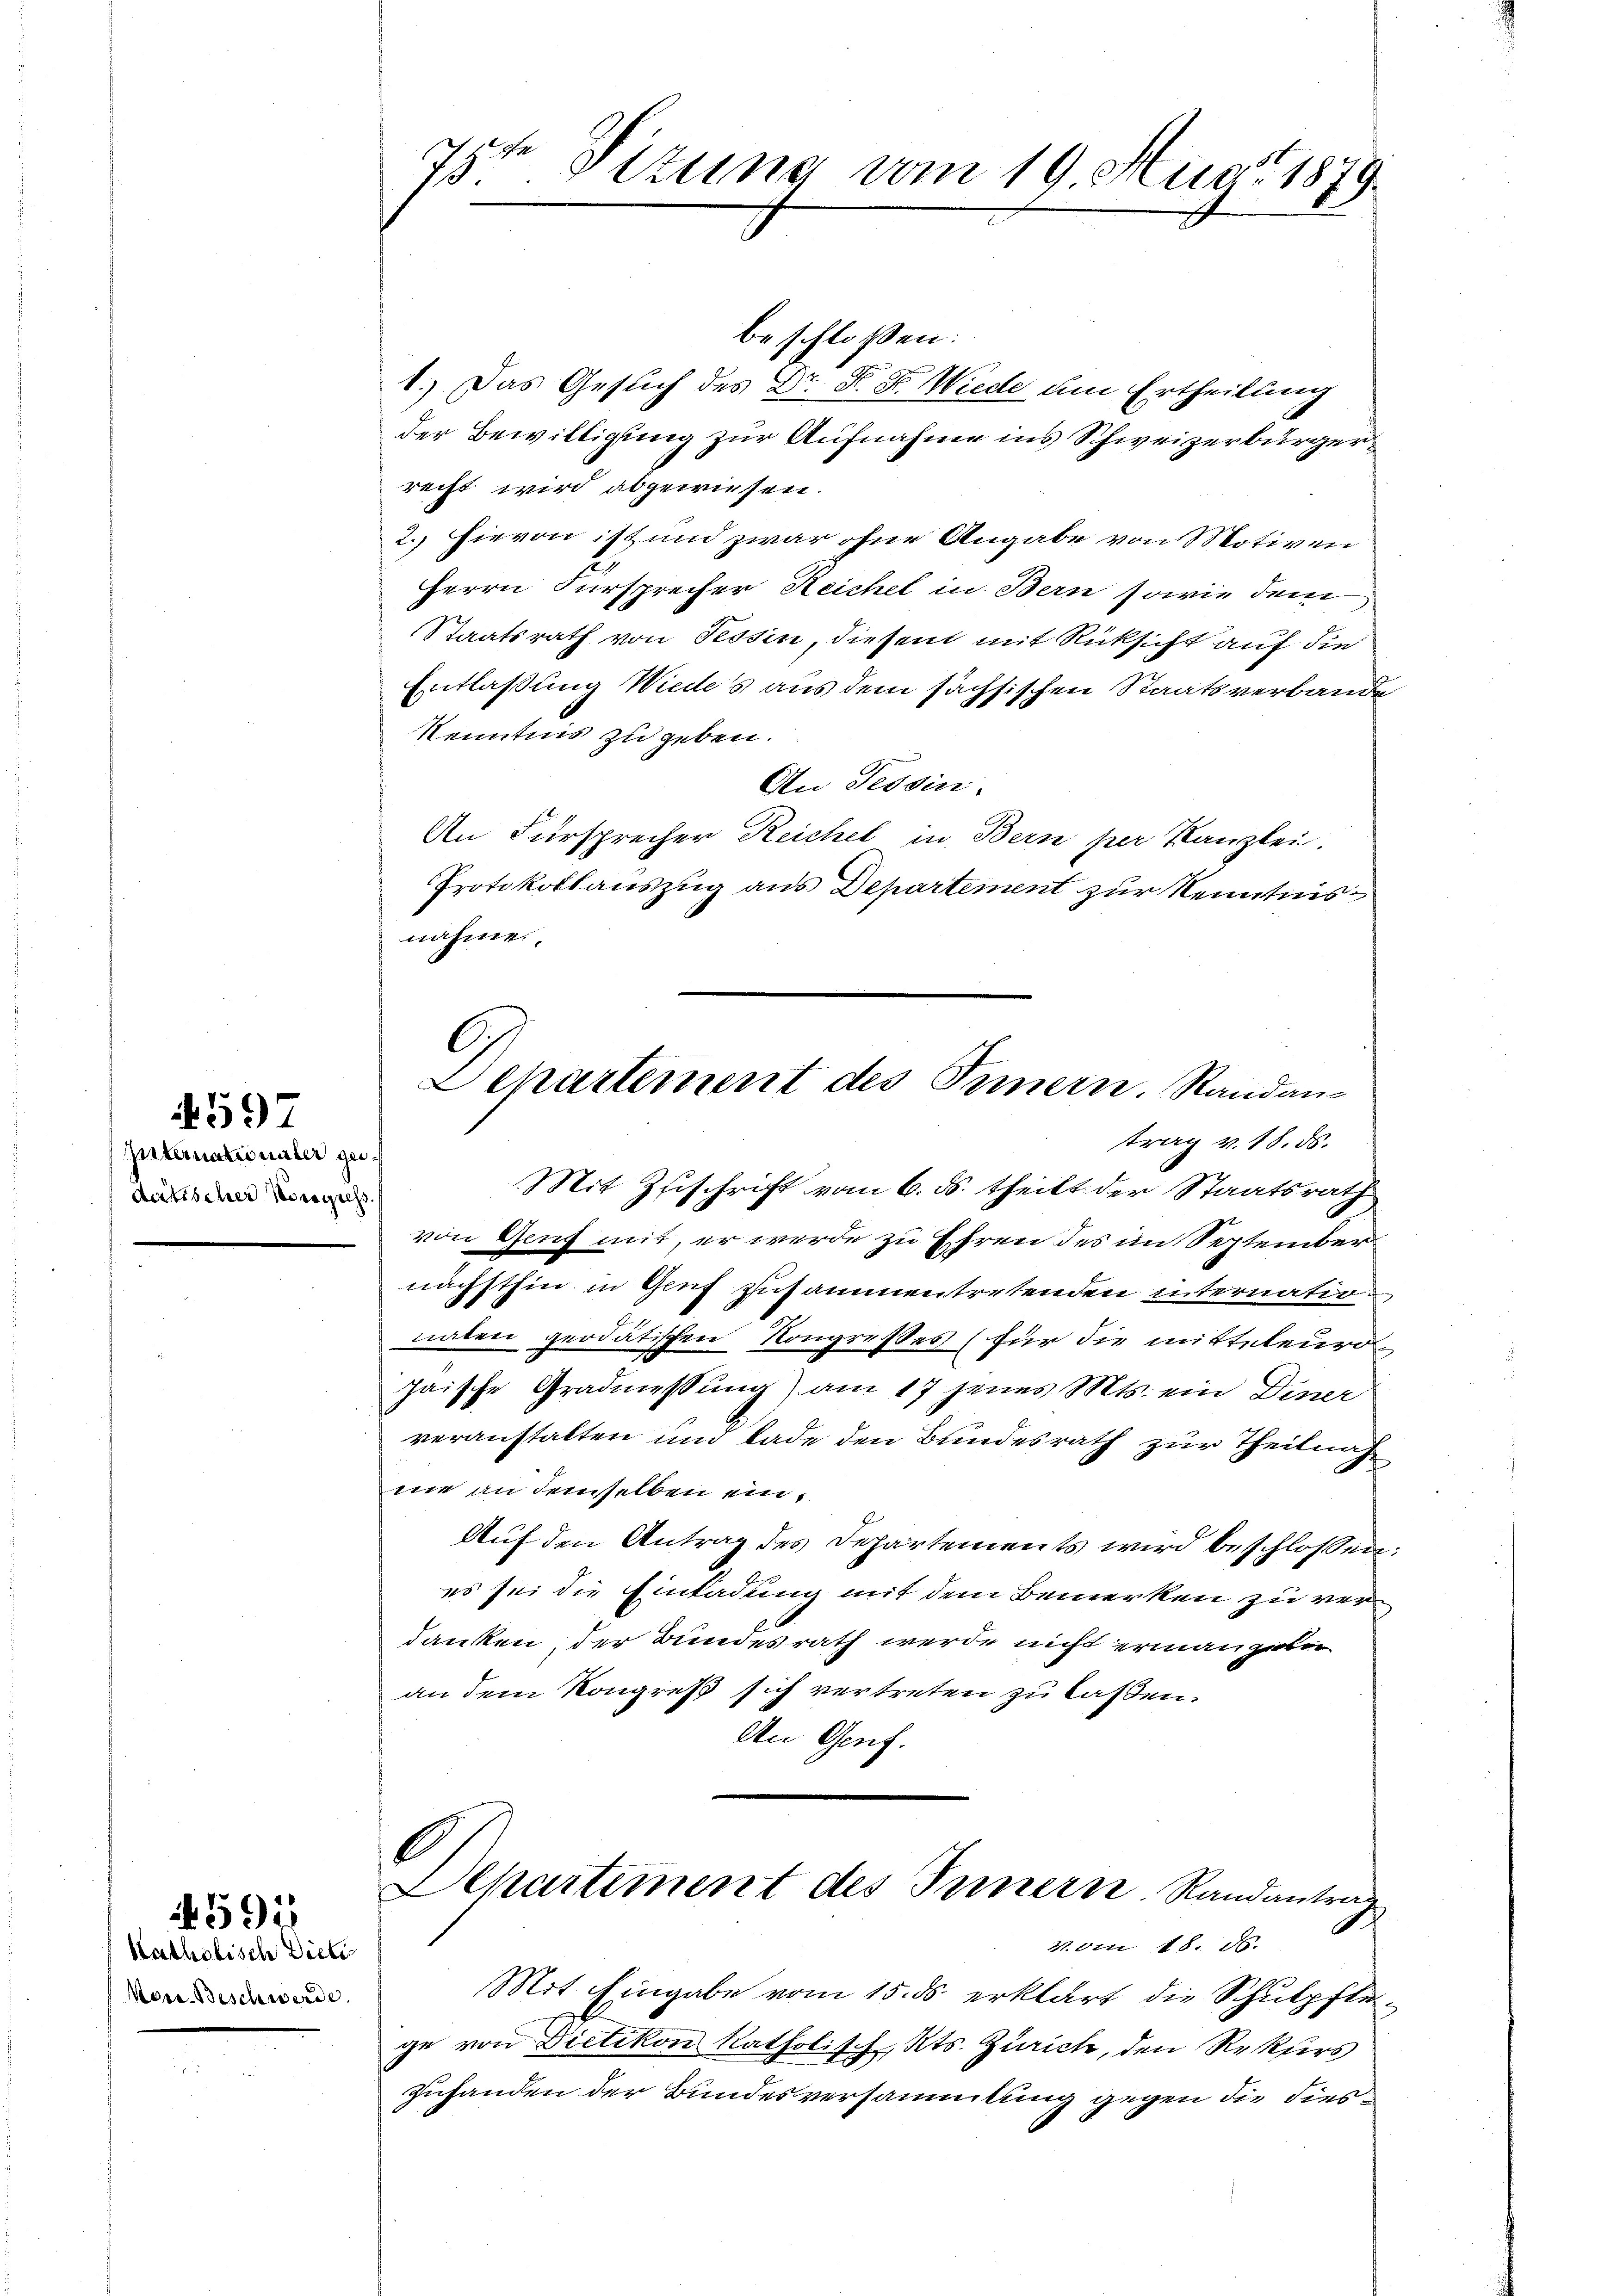
Internationaler gedatischer Kongress

459-

Katholisch Dieti
More-Beschwerde.

591

7sten Sizung vom 19. Aug. 1879

beschloßen:
1.) Das Gesuch des Dr. F. P. Wiede um Ertheilung
der Bewilligung zur Aufnahme ins Schweizerbürger
recht wird abgewiesen
2.) Hievon ist und zwar ohne Angabe von Motiven
Herrn Fürsprecher Reichel in Bern sowie dem
Staatsrath von Tessin, diesem mit Rücksicht auf die
Entlaßung Wiedes aus dem sächsischen Staatsverbande
Kenntnis zu geben.
An Tessin
An Fürsprecher Reichel in Bern per Kanzlei.
Protokollauszug aus Departement zur Kenntnis
nahme.
G
Departement des Innern, Randans
trag v. 18. ds.
Mit Zuschrift vom 6. ds. theilt der Staatsrath
von Genf mit, er werde zu Ehren des im September
nächsthin in Gruf zusammentretenden internationaten geodätischen Kongresses (für die mitteleur
paische Gradmessung) am 17 jenes Mts. ein Diner
veranstalten und lade den Bundesrath zur Theilnah
me an demselben ein¬
Auf den Antrag des Departements wird beschlossen
es sei die Einladung mit dem Bemerken zu verdanken, der Bundesrath werde nicht ermangeben
an dem Kongreß sich vertreten zu laßen.
An Genf.

b
Departement des Innern. Randantrag

Mit Eingabe vom 15. ds. erklärt die Schulpfle
ge von Dietikon katholisch, Kts. Zürich, den Rekurs
Zuhanden der Bundesversammlung gegen die dies¬

4. von 18. ds.